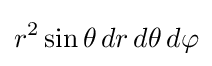
r^{2}\sin \theta \,dr\,d\theta \,d\varphi